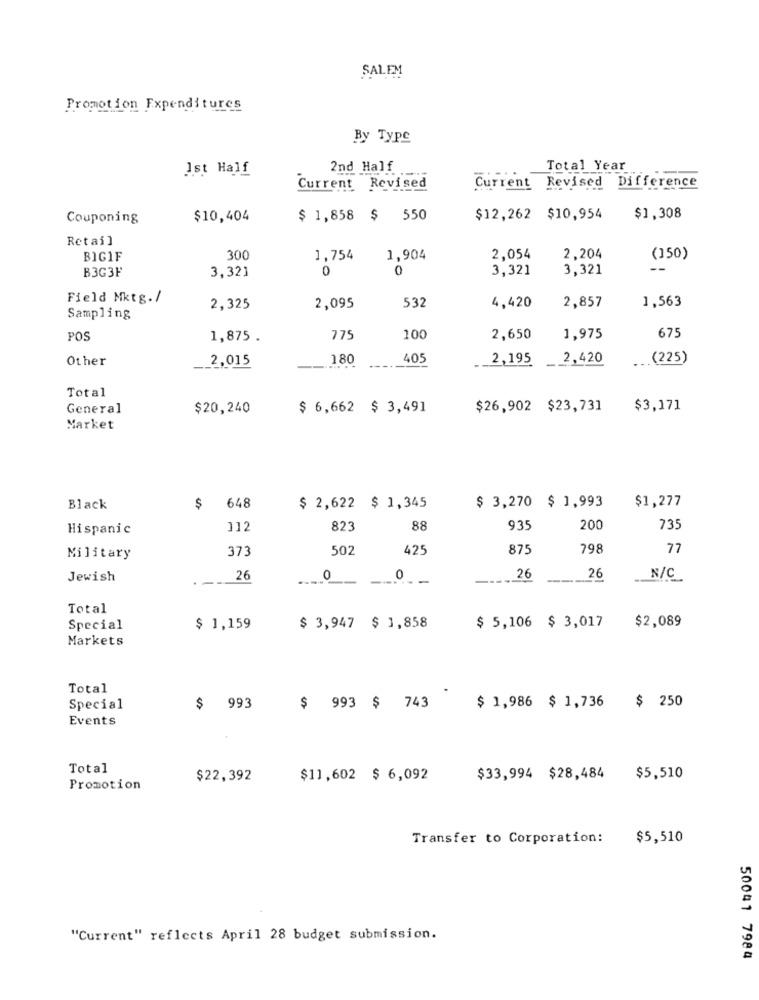
SALEM
Promotion Expenditures
By Type
Ist Half
2nd Half
Total Year
Current Revised
Current Revised Difference
Couponing
$10,404
$ 1,858 $ 550
$12,262 $10,954
$1,308
Retail
BIG1F
300
1,754
1,904
2,054
2,204
(150)
B3G3F
3,321
0
0
3,321
3,321
--
Field Mktg./
4,420
2,857
1,563
2,325
2,095
532
Sampling
POS
1,875 .
775
100
2,650
1,975
675
Other
2,015
180
405
2,195
2,420
(225)
---..
Total
General
$20,240
$ 6,662 $ 3,491
$26,902 $23,731
$3,171
Market
$ 3,270 $ 1,993
Black
$
648
$ 2,622 $ 1,345
$1,277
Hispanic
112
823
88
935
200
735
373
502
425
875
798
77
Military
Jewish
--
26
0
0
--
..... 26
26
N/C
Total
$ 5,106 $ 3,017
$2,089
Special
$ 1,159
$ 3,947 $ 1,858
Markets
Total
$ 993 $ 743
$ 250
Special
993
$ 1,986 $ 1,736
Events
Total
$22,392
$11,602 $ 6,092
$33,994 $28,484
$5,510
Promotion
Transfer to Corporation:
$5,510
"Current" reflects April 28 budget submission.
50041 7984